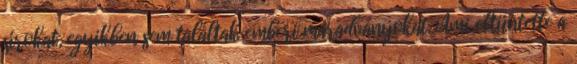
sírokat, egyikben sem találtak emberi maradványokat. Ami eltüntette a